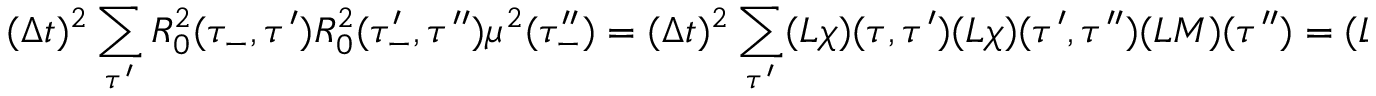
( \Delta t ) ^ { 2 } \sum _ { \tau ^ { \prime } } R _ { 0 } ^ { 2 } ( \tau _ { - } , \tau ^ { \prime } ) R _ { 0 } ^ { 2 } ( \tau _ { - } ^ { \prime } , \tau ^ { \prime \prime } ) \mu ^ { 2 } ( \tau _ { - } ^ { \prime \prime } ) = ( \Delta t ) ^ { 2 } \sum _ { \tau ^ { \prime } } ( L \chi ) ( \tau , \tau ^ { \prime } ) ( L \chi ) ( \tau ^ { \prime } , \tau ^ { \prime \prime } ) ( L M ) ( \tau ^ { \prime \prime } ) = ( L \chi L \chi L M ) ( \tau )